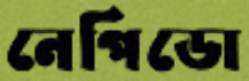
নেপিডো